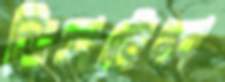
ডিসটেন্স